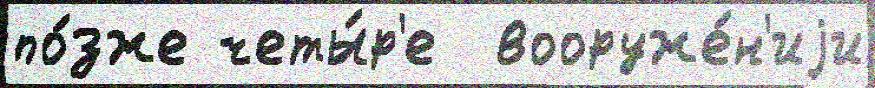
по́зже четы́р'е  вооруже́н'иjи